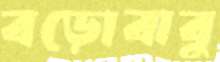
বড়োবাবু